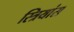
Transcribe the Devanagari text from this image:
स्त्रियांस